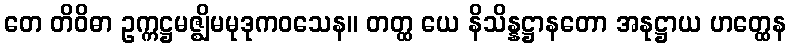
တေ တိဝိဓာ ဥက္ကဋ္ဌမဇ္ဈိမမုဒုကဝသေန။ တတ္ထ ယေ နိသိန္နဋ္ဌာနတော အနုဋ္ဌာယ ဟတ္ထေန